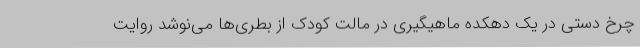
چرخ دستی در یک دهکده ماهیگیری در مالت کودک از بطری‌ها می‌نوشد روایت